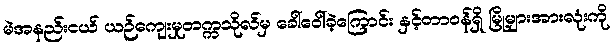
မဲအနည်းငယ် ယဉ်ကျေးမှုတက္ကသိုလ်မှ ခေါ်ဝေါ်ခဲ့ကြောင်း နှင့်တာဝန်ရှိ မြို့များအားလုံးကို